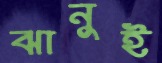
ঝানুই